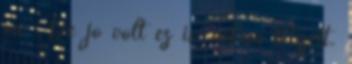
mi : De jó volt ez is, nekem tetszett.